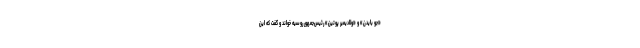
«جو بایدن» و «ولادیمیر پوتین» رئیس‌جمهور روسیه خواند و گفت که این